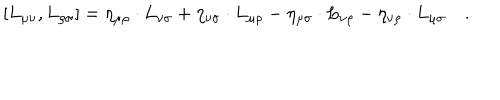
LaTeX: \left[ L _ { \mu \nu } , L _ { \rho \sigma } \right] = \eta _ { \mu \rho } \cdot L _ { \nu \sigma } + \eta _ { \nu \sigma } \cdot L _ { \mu \rho } - \eta _ { \mu \sigma } \cdot L _ { \nu \rho } - \eta _ { \nu \rho } \cdot L _ { \mu \sigma } \quad .